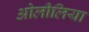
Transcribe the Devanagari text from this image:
ओलीलिया